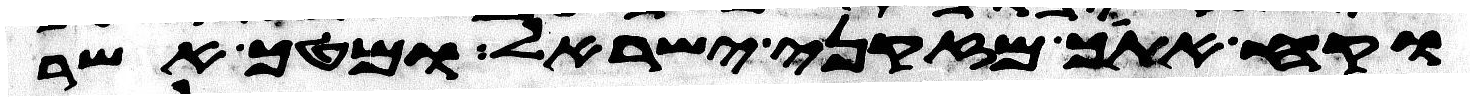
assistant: וקח אתך מזקני ישראל ומטך אשר